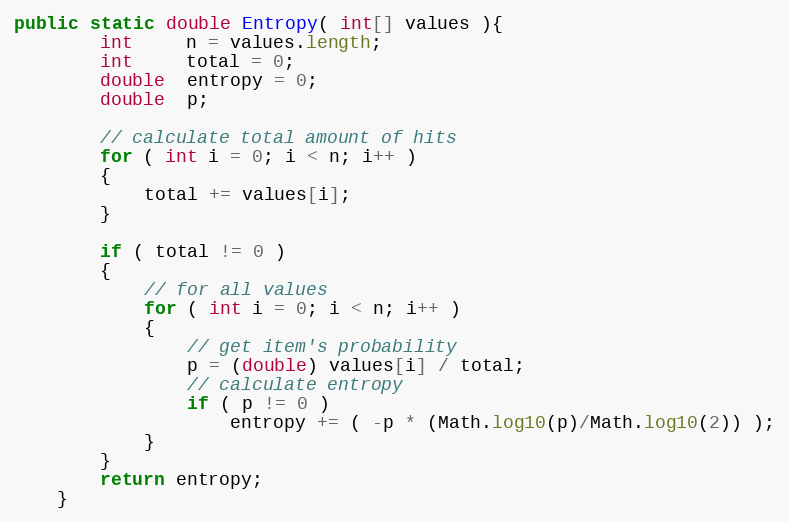
Language: Java
public static double Entropy( int[] values ){
        int     n = values.length;
        int     total = 0;
        double  entropy = 0;
        double  p;

        // calculate total amount of hits
        for ( int i = 0; i < n; i++ )
        {
            total += values[i];
        }

        if ( total != 0 )
        {
            // for all values
            for ( int i = 0; i < n; i++ )
            {
                // get item's probability
                p = (double) values[i] / total;
                // calculate entropy
                if ( p != 0 )
                    entropy += ( -p * (Math.log10(p)/Math.log10(2)) );
            }
        }
        return entropy;
    }